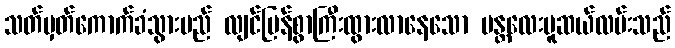
သတ်မှတ်ကောက်ခံသွားမည် လျင်မြန်စွာကြီးထွားလာနေသော မန္တလေးမူဆယ်လမ်းသည်